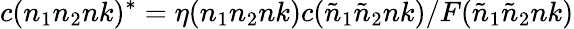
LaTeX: c(n_{1}n_{2}nk)^{*}=\eta(n_{1}n_{2}nk)c({\tilde{n}}_{1}{\tilde{n}}_{2}nk)/F({\tilde{n}}_{1}{\tilde{n}}_{2}nk)